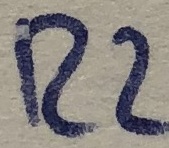
Text: R2